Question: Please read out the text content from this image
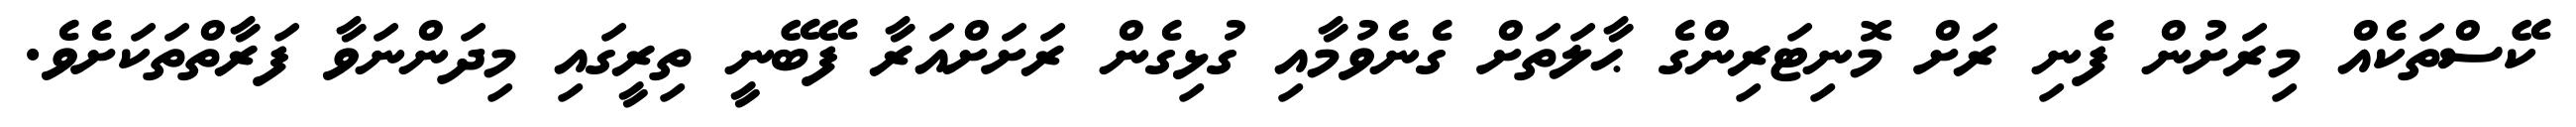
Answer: ކޭސްތަކެއް މިރަށުން ފެނި ރަށް މޮނިޓަރިންގެ ޙާލަތަށް ގެނެވުމާއި ގުޅިގެން ރަށަށްއަރާ ފޭބޭނީ ތިރީގައި މިދަންނަވާ ފަރާތްތަކަށެވެ.